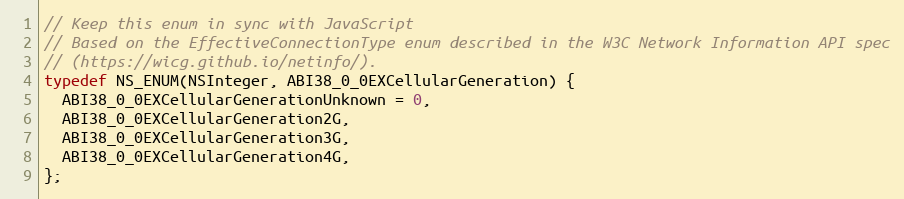
Language: C
// Keep this enum in sync with JavaScript
// Based on the EffectiveConnectionType enum described in the W3C Network Information API spec
// (https://wicg.github.io/netinfo/).
typedef NS_ENUM(NSInteger, ABI38_0_0EXCellularGeneration) {
  ABI38_0_0EXCellularGenerationUnknown = 0,
  ABI38_0_0EXCellularGeneration2G,
  ABI38_0_0EXCellularGeneration3G,
  ABI38_0_0EXCellularGeneration4G,
};